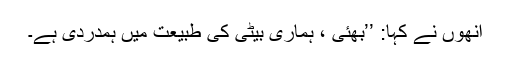
انھوں نے کہا: ’’بھئی ، ہماری بیٹی کی طبیعت میں ہمدردی ہے۔